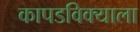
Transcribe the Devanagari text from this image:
कापडविक्याला